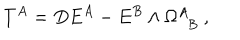
T ^ { A } = D E ^ { A } - E ^ { B } \wedge \Omega _ { ~ ~ B } ^ { A } ~ ,